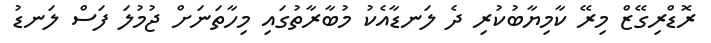
ރޮޑްރިގޭޒް މިރޭ ކާމިޔާބުކުރި ދެ ލަނޑާއެކު މުބާރާތުގައި މިހާތަނަށް ޖުމުލަ ފަސް ލަނޑު